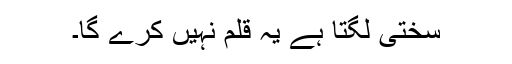
سختی لگتا ہے یہ قلم نہیں کرے گا۔